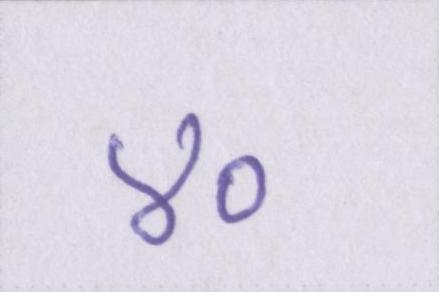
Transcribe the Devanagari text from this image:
४०